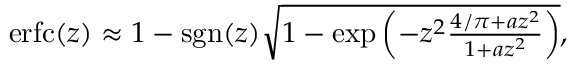
\begin{array} { r } { \operatorname { e r f c } ( z ) \approx 1 - \operatorname { s g n } ( z ) { \sqrt { 1 - \exp \left( - z ^ { 2 } { \frac { 4 / \pi + a z ^ { 2 } } { 1 + a z ^ { 2 } } } \right) } } , } \end{array}